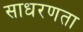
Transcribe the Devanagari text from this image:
साधरणता